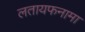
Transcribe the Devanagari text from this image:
लतायफनामा